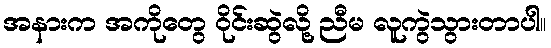
အနားက အကိုတွေ ဝိုင်းဆွဲလို့ ညီမ လူကွဲသွားတာပါ။